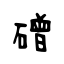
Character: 磳